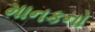
માનકનો